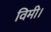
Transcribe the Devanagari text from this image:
विमी।